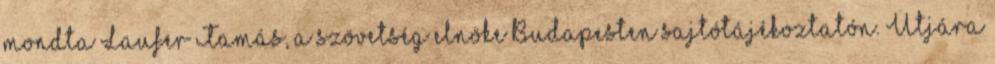
mondta Laufer Tamás, a szövetség elnöke Budapesten sajtótájékoztatón. Útjára